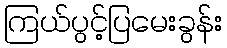
ကြယ်ပွင့်ပြမေးခွန်း